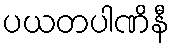
ပယတပါဏိနီ